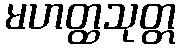
မဟတ္ထသုတ္တ